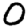
Digit: 0